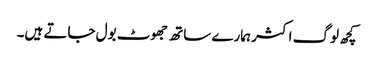
کچھ لوگ اکثر ہمارے ساتھ جھوٹ بول جاتے ہیں۔